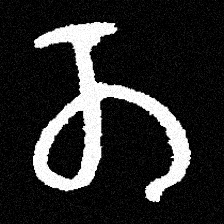
Pyu character \u2014 Myanmar letter: တ (romanized: ta)